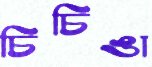
চিচিঙা